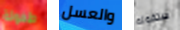
طفولة والعسل ستقوله